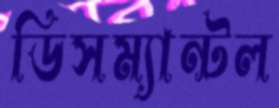
ডিসম্যান্টল